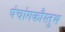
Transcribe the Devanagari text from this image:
पंचांगकौस्तुभ